Annual returns of the Patna Lunatic Asylum at Bankipore in Bihar and Orissa - 1912-1924
Year: 1912
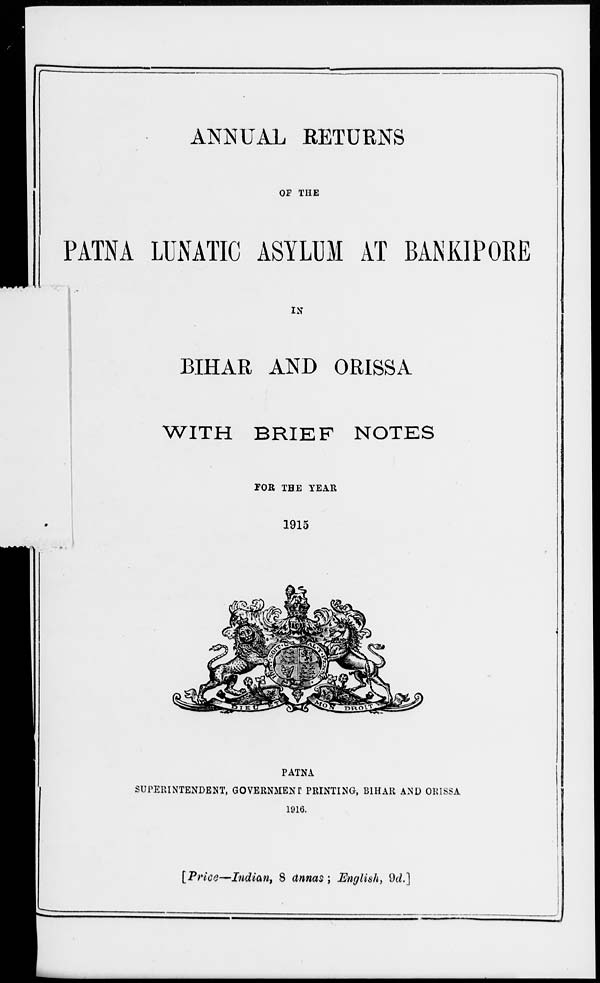
ANNUAL RETURNS
OF THE
PATNA LUNATIC ASYLUM AT BANKIPORE
IN
BIHAR AND ORISSA
WITH BRIEF NOTES
FOR THE YEAR
1915
PATNA
SUPERINTENDENT, GOVERNMENT PRINTING, BIHAR AND ORISSA
1916.
[Price—Indian, 8 annas; English, 9d.]